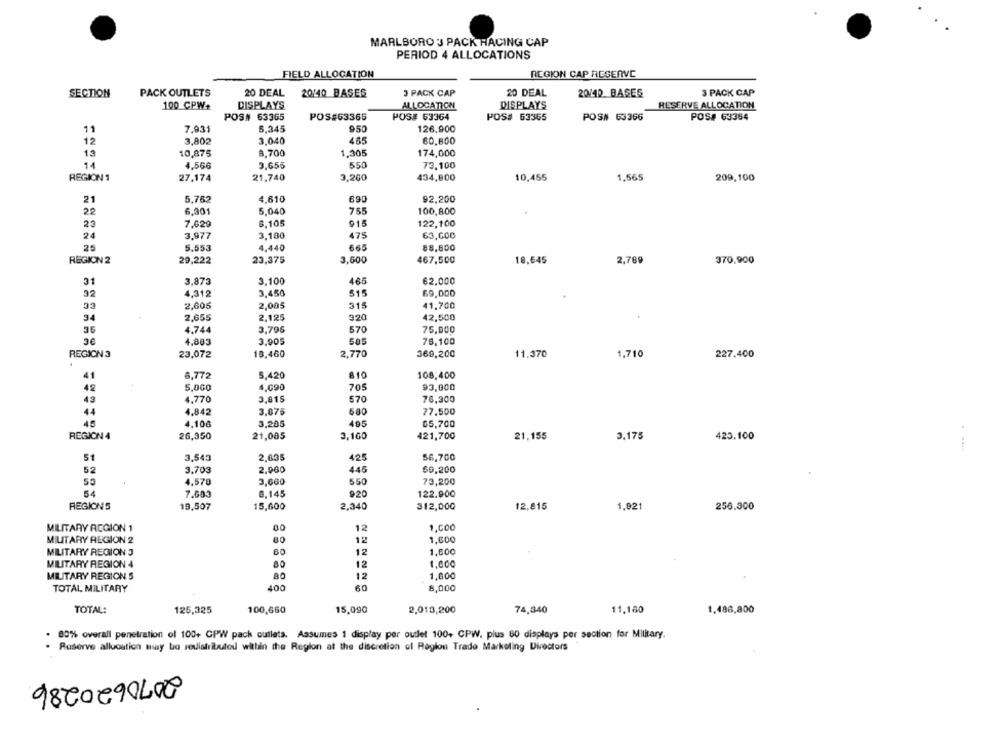
MARLBORO 3 PACK RACING CAP
PERIOD 4 ALLOCATIONS
FIELD ALLOCATION
REGION CAP RESERVE
SECTION
PACK OUTLETS
20 DEAL
20/40 BASES
3 PACK CAP
20 DEAL
20/40. BASES
3 PACK CAP
DISPLAYS
RESERVE ALLOCATION
100 CPW+
DISPLAYS
ALLOCATION
POS# 63365
POS#63365
POS# 63364
POS# 63365
POS# 63366
POS# 63354
6.345
950
11
7,931
126,900
12
3,802
3,040
465
60,800
13
10,875
8,700
1,305
174,000
11
3,655
550
73.100
4,566
REGION 1
27,174
21,740
3,260
434,800
10,455
1,565
209,100
21
5,762
4,610
690
92,200
22
6,301
5,040
755
100,800
23
6.105
915
122,100
7,629
24
3,977
3,180
475
63,600
25
5,553
4.440
665
88,800
REGION 2
29,222
23,375
3,500
467,500
18,545
2,789
370,900
31
3,873
3.100
465
62.000
32
4,312
3,450
515
69,000
2,605
2,005
315
41,700
34
2,655
2,125
320
42,500
36
4.744
3,796
570
75,000
3€
4,893
3.905
585
78,100
REGION 3
23,072
18,460
2,770
369,200
11.370
1,710
227.400
41
6,772
5,420
810
108,400
42
705
5,000
4,090
93,000
43
4.770
3,815
570
76,300
44
4,842
3,075
680
77.500
45
4,100
3,205
495
65,700
REGION 4
26,350
21,005
3,160
421,700
21.155
3.175
423.100
51
3,543
2,635
425
56,700
445
52
3.703
2,900
$9,200
4,570
3,600
550
73,200
54
7,603
8,145
920
122.900
REGIONS
2,340
19,507
15,600
312,000
12,815
1,921
256.300
MILITARY REGION 1
00
12
1.000
MILITARY REGION 2
80
12
1,600
MILITARY REGION 3
80
12
1,600
MILITARY REGION 4
80
12
1.000
MILITARY REGION 5
12
1,800
400
60
TOTAL MILITARY
8,000
TOTAL:
125,325
100,660
15,090
2,013,200
74,340
11,160
1,486,800
. 80% overall penetration of 100+ CPW pack cutlets. Assumes 1 display per outlet 100+ CPW. plus 60 displays per section for Military.
Ruserve allocation muy bo redistributed within the Region at the discretion of Region Trade Marketing Directors
9820890400